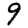
Digit: 9